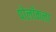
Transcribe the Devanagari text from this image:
पोलॉकला